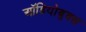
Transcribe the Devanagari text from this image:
ऑडियोबुक्स